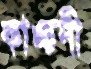
কাঙ্চনী